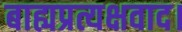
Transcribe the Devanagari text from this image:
बाह्यप्रत्यक्षवाद।